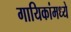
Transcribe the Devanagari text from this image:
गायिकांमध्ये